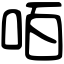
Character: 咟